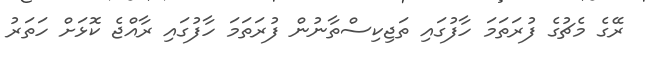
ރޭގެ މެޗުގެ ފުރަތަމަ ހާފުގައި ތަޖިކިސްތާނުން ފުރަތަމަ ހާފުގައި ރާއްޖެ ކޮޅަށް ހަތަރު